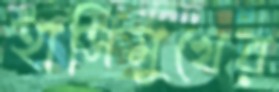
হাসিমুখের